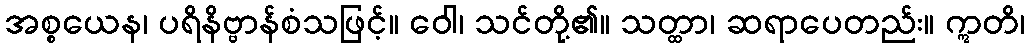
အစ္စယေန၊ ပရိနိဗ္ဗာန်စံသဖြင့်။ ဝေါ၊ သင်တို့၏။ သတ္ထာ၊ ဆရာပေတည်း။ ဣတိ၊